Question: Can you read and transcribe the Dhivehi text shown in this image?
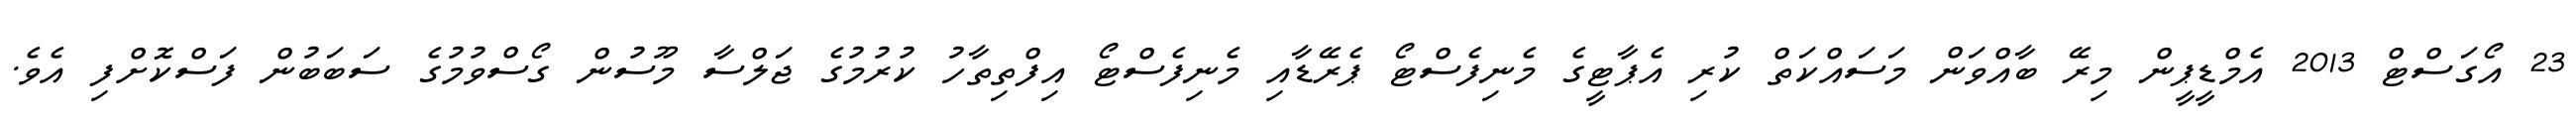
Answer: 23 އޯގަސްޓް 2013 އެމްޑީޕީން މިރޭ ބާއްވަން މަސައްކަތް ކުރި އެޕާޓީގެ މެނިފެސްޓޯ ޕެރޭޑާއި މެނިފެސްޓޯ އިފްތިތާހު ކުރުމުގެ ޖަލްސާ މޫސުން ގޯސްވުމުގެ ސަބަބުން ފަސްކޮށްފި އެވެ.